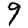
Digit: 9